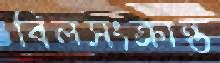
বিলসংক্রান্ত